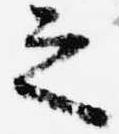
之